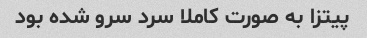
پیتزا به صورت کاملا سرد سرو شده بود